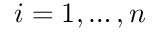
i = 1 , \hdots , n